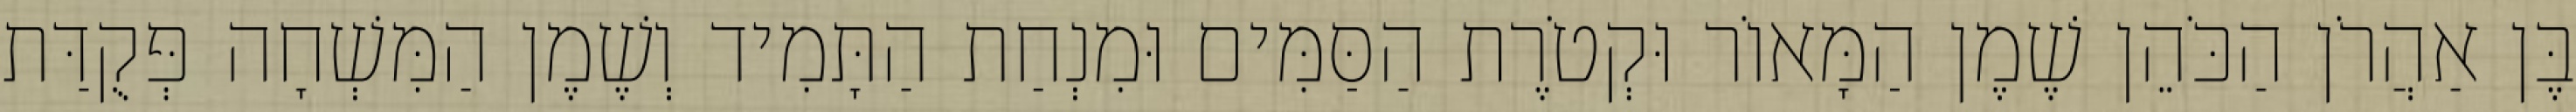
בֶּן אַהֲרֹן הַכֹּהֵן שֶׁמֶן הַמָּאוֹר וּקְטֹרֶת הַסַּמִּים וּמִנְחַת הַתָּמִיד וְשֶׁמֶן הַמִּשְׁחָה פְּקֻדַּת